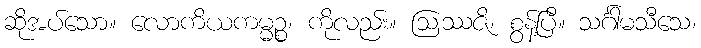
ဆိုအပ်သော။ လောကိယကမ္မဉ္စ၊ ကိုလည်း။ ဩဿဇိ၊ စွန့်ပြီ။ သင်္ဂါမသီသေ၊